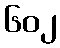
၆၀၂